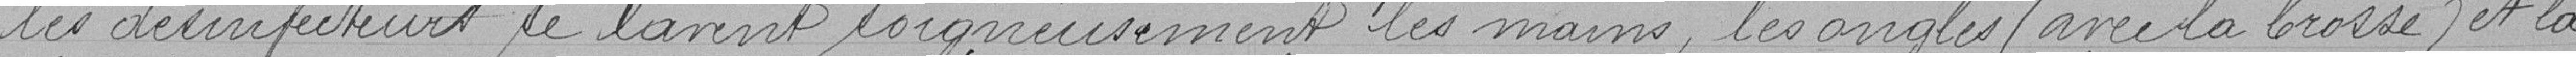
les désinfecteurs se lavent soigneusement soigneusement les mains, les angles ( avec la brosse) et la